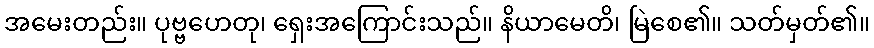
အမေးတည်း။ ပုဗ္ဗဟေတု၊ ရှေးအကြောင်းသည်။ နိယာမေတိ၊ မြဲစေ၏။ သတ်မှတ်၏။